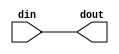
// ==============================================================
// File generated by Vivado(TM) HLS - High-Level Synthesis from C, C++ and SystemC
// Version: 2015.1
// Copyright (C) 2015 Xilinx Inc. All rights reserved.
// 
// ==============================================================

`timescale 1ns/1ps

module arp_server_ap_rst_if
#(parameter
    RESET_ACTIVE_LOW = 0
)(
    input  wire din,
    output wire dout
);

assign dout = (RESET_ACTIVE_LOW == 1)? ~din : din;

endmodule